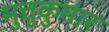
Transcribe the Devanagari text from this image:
मुत्तुकुमार